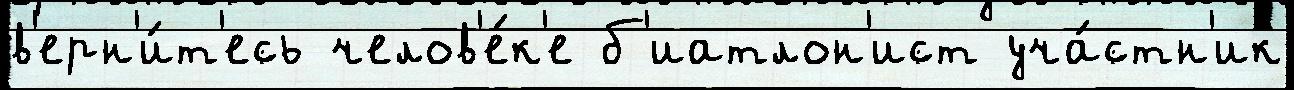
в'ерн'и́т'есь челов'е́к'е б'иатлон'ист уча́стн'ик